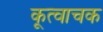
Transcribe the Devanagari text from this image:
कूत्वाचक